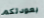
بعودتكم